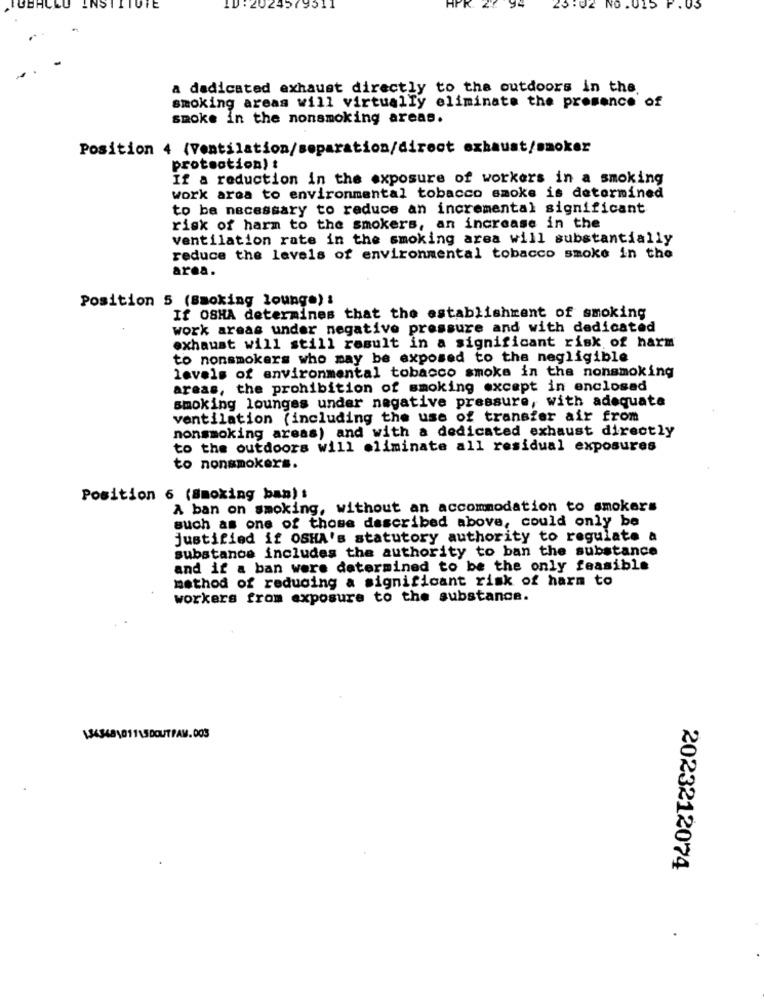
INSI
ID :2024579511
APR. 44
94
25.02 NO.015 F. 05
a dedicated exhaust directly to the outdoors in the
smoking areas will virtually eliminate the presence of
smoke in the nonsmoking areas.
Position 4 (Ventilation/separation/direct exhaust/smoker
protection) :
If a reduction in the exposure of workers in a smoking
work area to environmental tobacco smoke is determined
to be necessary to reduce an incremental significant
risk of harm to the smokers, an increase in the
ventilation rate in the smoking area will substantially
reduce the levels of environmental tobacco smoke in the
area.
Position 5 (Smoking lounge) !
If OSHA determines that the establishment of smoking
work areas under negative pressure and with dedicated
exhaust will still result in a significant risk of harm
to nonsmokers who may be exposed to tha negligible
levels of environmental tobacco smoke in the nonsmoking
areas, the prohibition of smoking except in enclosed
smoking lounges under negative pressure, with adequate
ventilation (including the use of transfer air from
nonsmoking areas) and with a dedicated exhaust directly
to the outdoors will eliminate all residual exposures
to nonsmokers.
Position 6 (Smoking ban) :
A ban on smoking, without an accommodation to smokers
such as one of those described above, could only be
justified if OSHA's statutory authority to regulate a
substance includes the authority to ban the substance
and if a ban were determined to be the only feasible
method of reducing a significant risk of harm to
workers from exposure to the substance.
\34348101115DOUTPAW.DOS
2023212074